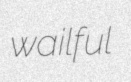
wailful